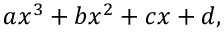
a x ^ { 3 } + b x ^ { 2 } + c x + d ,